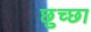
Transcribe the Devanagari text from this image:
छुच्छा